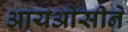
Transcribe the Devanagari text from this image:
आयओसीने